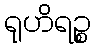
ရုဟိရဉ္စ